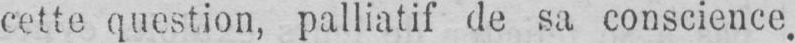
cette question, palliatif de sa conscience.